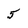
Character: 5